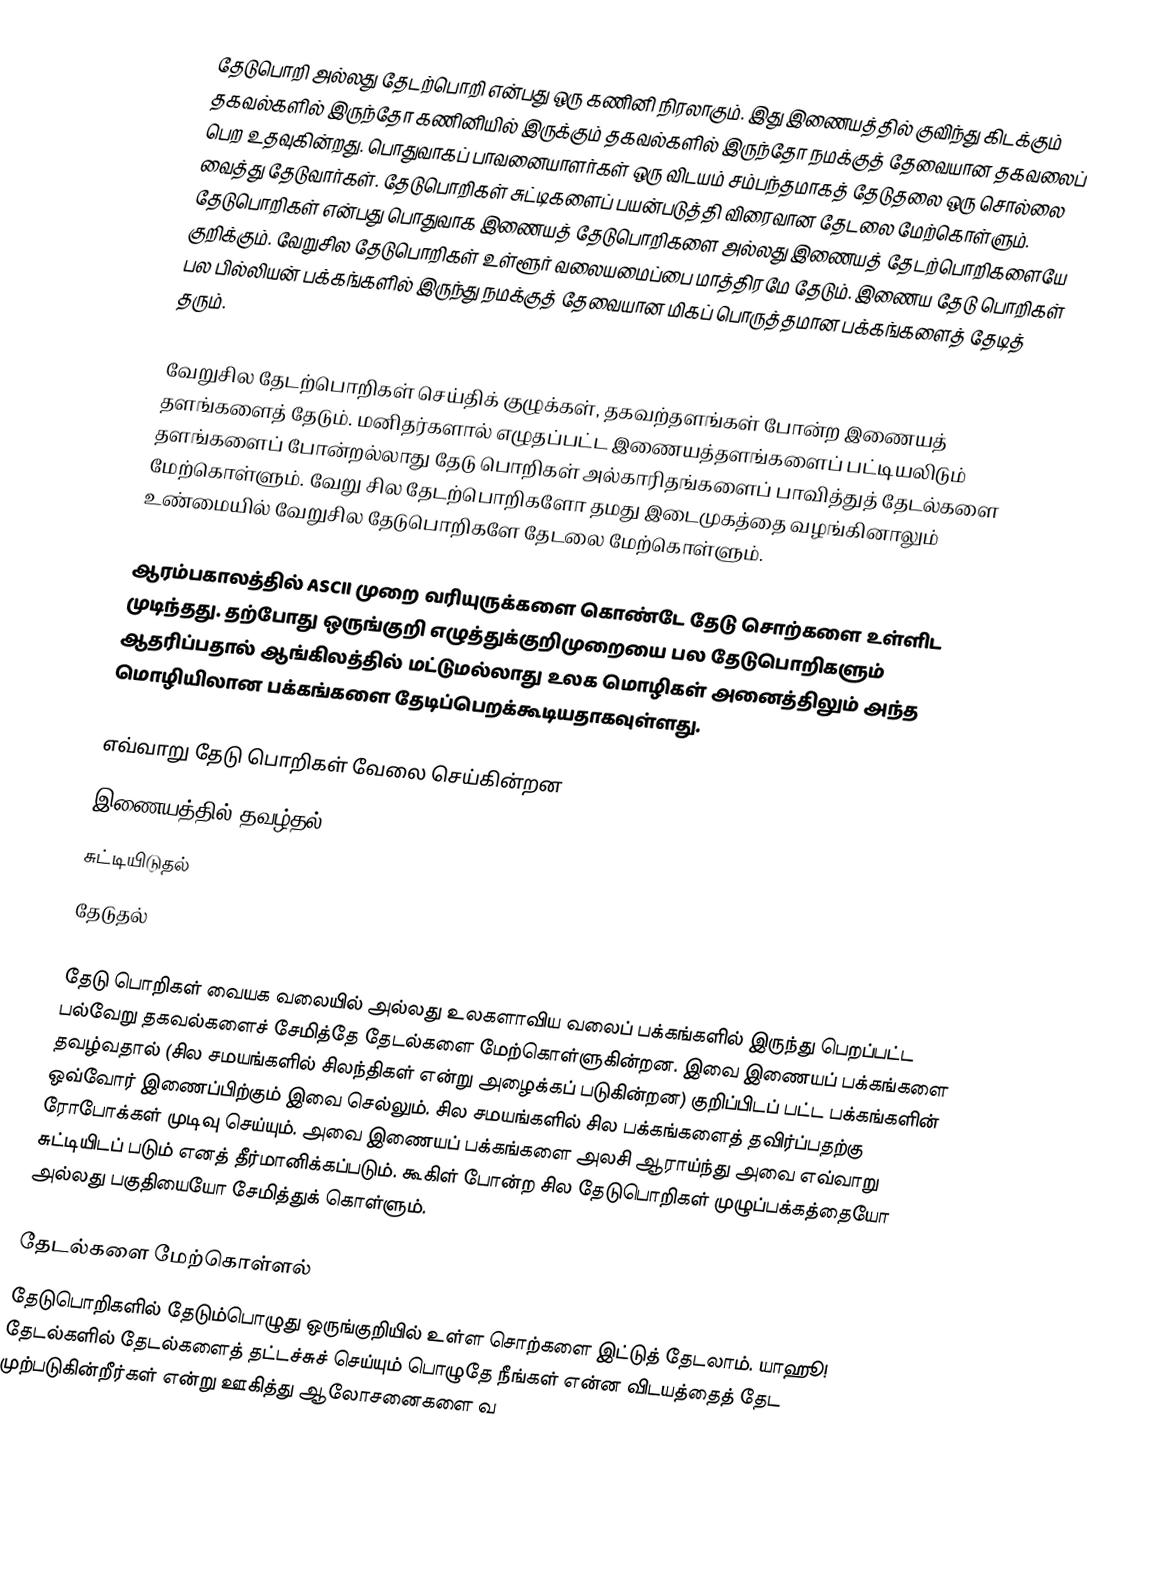
தேடுபொறி அல்லது தேடற்பொறி என்பது ஒரு கணினி நிரலாகும். இது இணையத்தில் குவிந்து கிடக்கும் தகவல்களில் இருந்தோ கணினியில் இருக்கும் தகவல்களில் இருந்தோ நமக்குத் தேவையான தகவலைப் பெற உதவுகின்றது. பொதுவாகப் பாவனையாளர்கள் ஒரு விடயம் சம்பந்தமாகத் தேடுதலை ஒரு சொல்லை வைத்து தேடுவார்கள். தேடுபொறிகள் சுட்டிகளைப் பயன்படுத்தி விரைவான தேடலை மேற்கொள்ளும். தேடுபொறிகள் என்பது பொதுவாக இணையத் தேடுபொறிகளை அல்லது இணையத் தேடற்பொறிகளையே குறிக்கும். வேறுசில தேடுபொறிகள் உள்ளூர் வலையமைப்பை மாத்திரமே தேடும். இணைய தேடு பொறிகள் பல பில்லியன் பக்கங்களில் இருந்து நமக்குத் தேவையான மிகப் பொருத்தமான பக்கங்களைத் தேடித் தரும்.

வேறுசில தேடற்பொறிகள் செய்திக் குழுக்கள், தகவற்தளங்கள் போன்ற இணையத் தளங்களைத் தேடும். மனிதர்களால் எழுதப்பட்ட இணையத்தளங்களைப் பட்டியலிடும் தளங்களைப் போன்றல்லாது தேடு பொறிகள் அல்காரிதங்களைப் பாவித்துத் தேடல்களை மேற்கொள்ளும். வேறு சில தேடற்பொறிகளோ தமது இடைமுகத்தை வழங்கினாலும் உண்மையில் வேறுசில தேடுபொறிகளே தேடலை மேற்கொள்ளும்.

ஆரம்பகாலத்தில் ASCII முறை வரியுருக்களை கொண்டே தேடு சொற்களை உள்ளிட முடிந்தது. தற்போது ஒருங்குறி எழுத்துக்குறிமுறையை பல தேடுபொறிகளும் ஆதரிப்பதால் ஆங்கிலத்தில் மட்டுமல்லாது உலக மொழிகள் அனைத்திலும் அந்த மொழியிலான பக்கங்களை தேடிப்பெறக்கூடியதாகவுள்ளது.

எவ்வாறு தேடு பொறிகள் வேலை செய்கின்றன
 இணையத்தில் தவழ்தல்
 சுட்டியிடுதல்
 தேடுதல்

தேடு பொறிகள் வையக வலையில் அல்லது உலகளாவிய வலைப் பக்கங்களில் இருந்து பெறப்பட்ட பல்வேறு தகவல்களைச் சேமித்தே தேடல்களை மேற்கொள்ளுகின்றன. இவை இணையப் பக்கங்களை தவழ்வதால் (சில சமயங்களில் சிலந்திகள் என்று அழைக்கப் படுகின்றன) குறிப்பிடப் பட்ட பக்கங்களின் ஒவ்வோர் இணைப்பிற்கும் இவை செல்லும். சில சமயங்களில் சில பக்கங்களைத் தவிர்ப்பதற்கு ரோபோக்கள் முடிவு செய்யும். அவை இணையப் பக்கங்களை அலசி ஆராய்ந்து அவை எவ்வாறு சுட்டியிடப் படும் எனத் தீர்மானிக்கப்படும். கூகிள் போன்ற சில தேடுபொறிகள் முழுப்பக்கத்தையோ அல்லது பகுதியையோ சேமித்துக் கொள்ளும்.

தேடல்களை மேற்கொள்ளல்
தேடுபொறிகளில் தேடும்பொழுது ஒருங்குறியில் உள்ள சொற்களை இட்டுத் தேடலாம். யாஹூ! தேடல்களில் தேடல்களைத் தட்டச்சுச் செய்யும் பொழுதே நீங்கள் என்ன விடயத்தைத் தேட முற்படுகின்றீர்கள் என்று ஊகித்து ஆலோசனைகளை வ